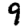
Digit: 9